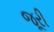
જૂરી